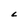
Character: L